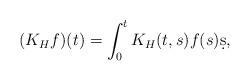
LaTeX: \begin{align*} (K_H f)(t)=\int_0^tK_H(t,s)f(s)\d s,\end{align*}